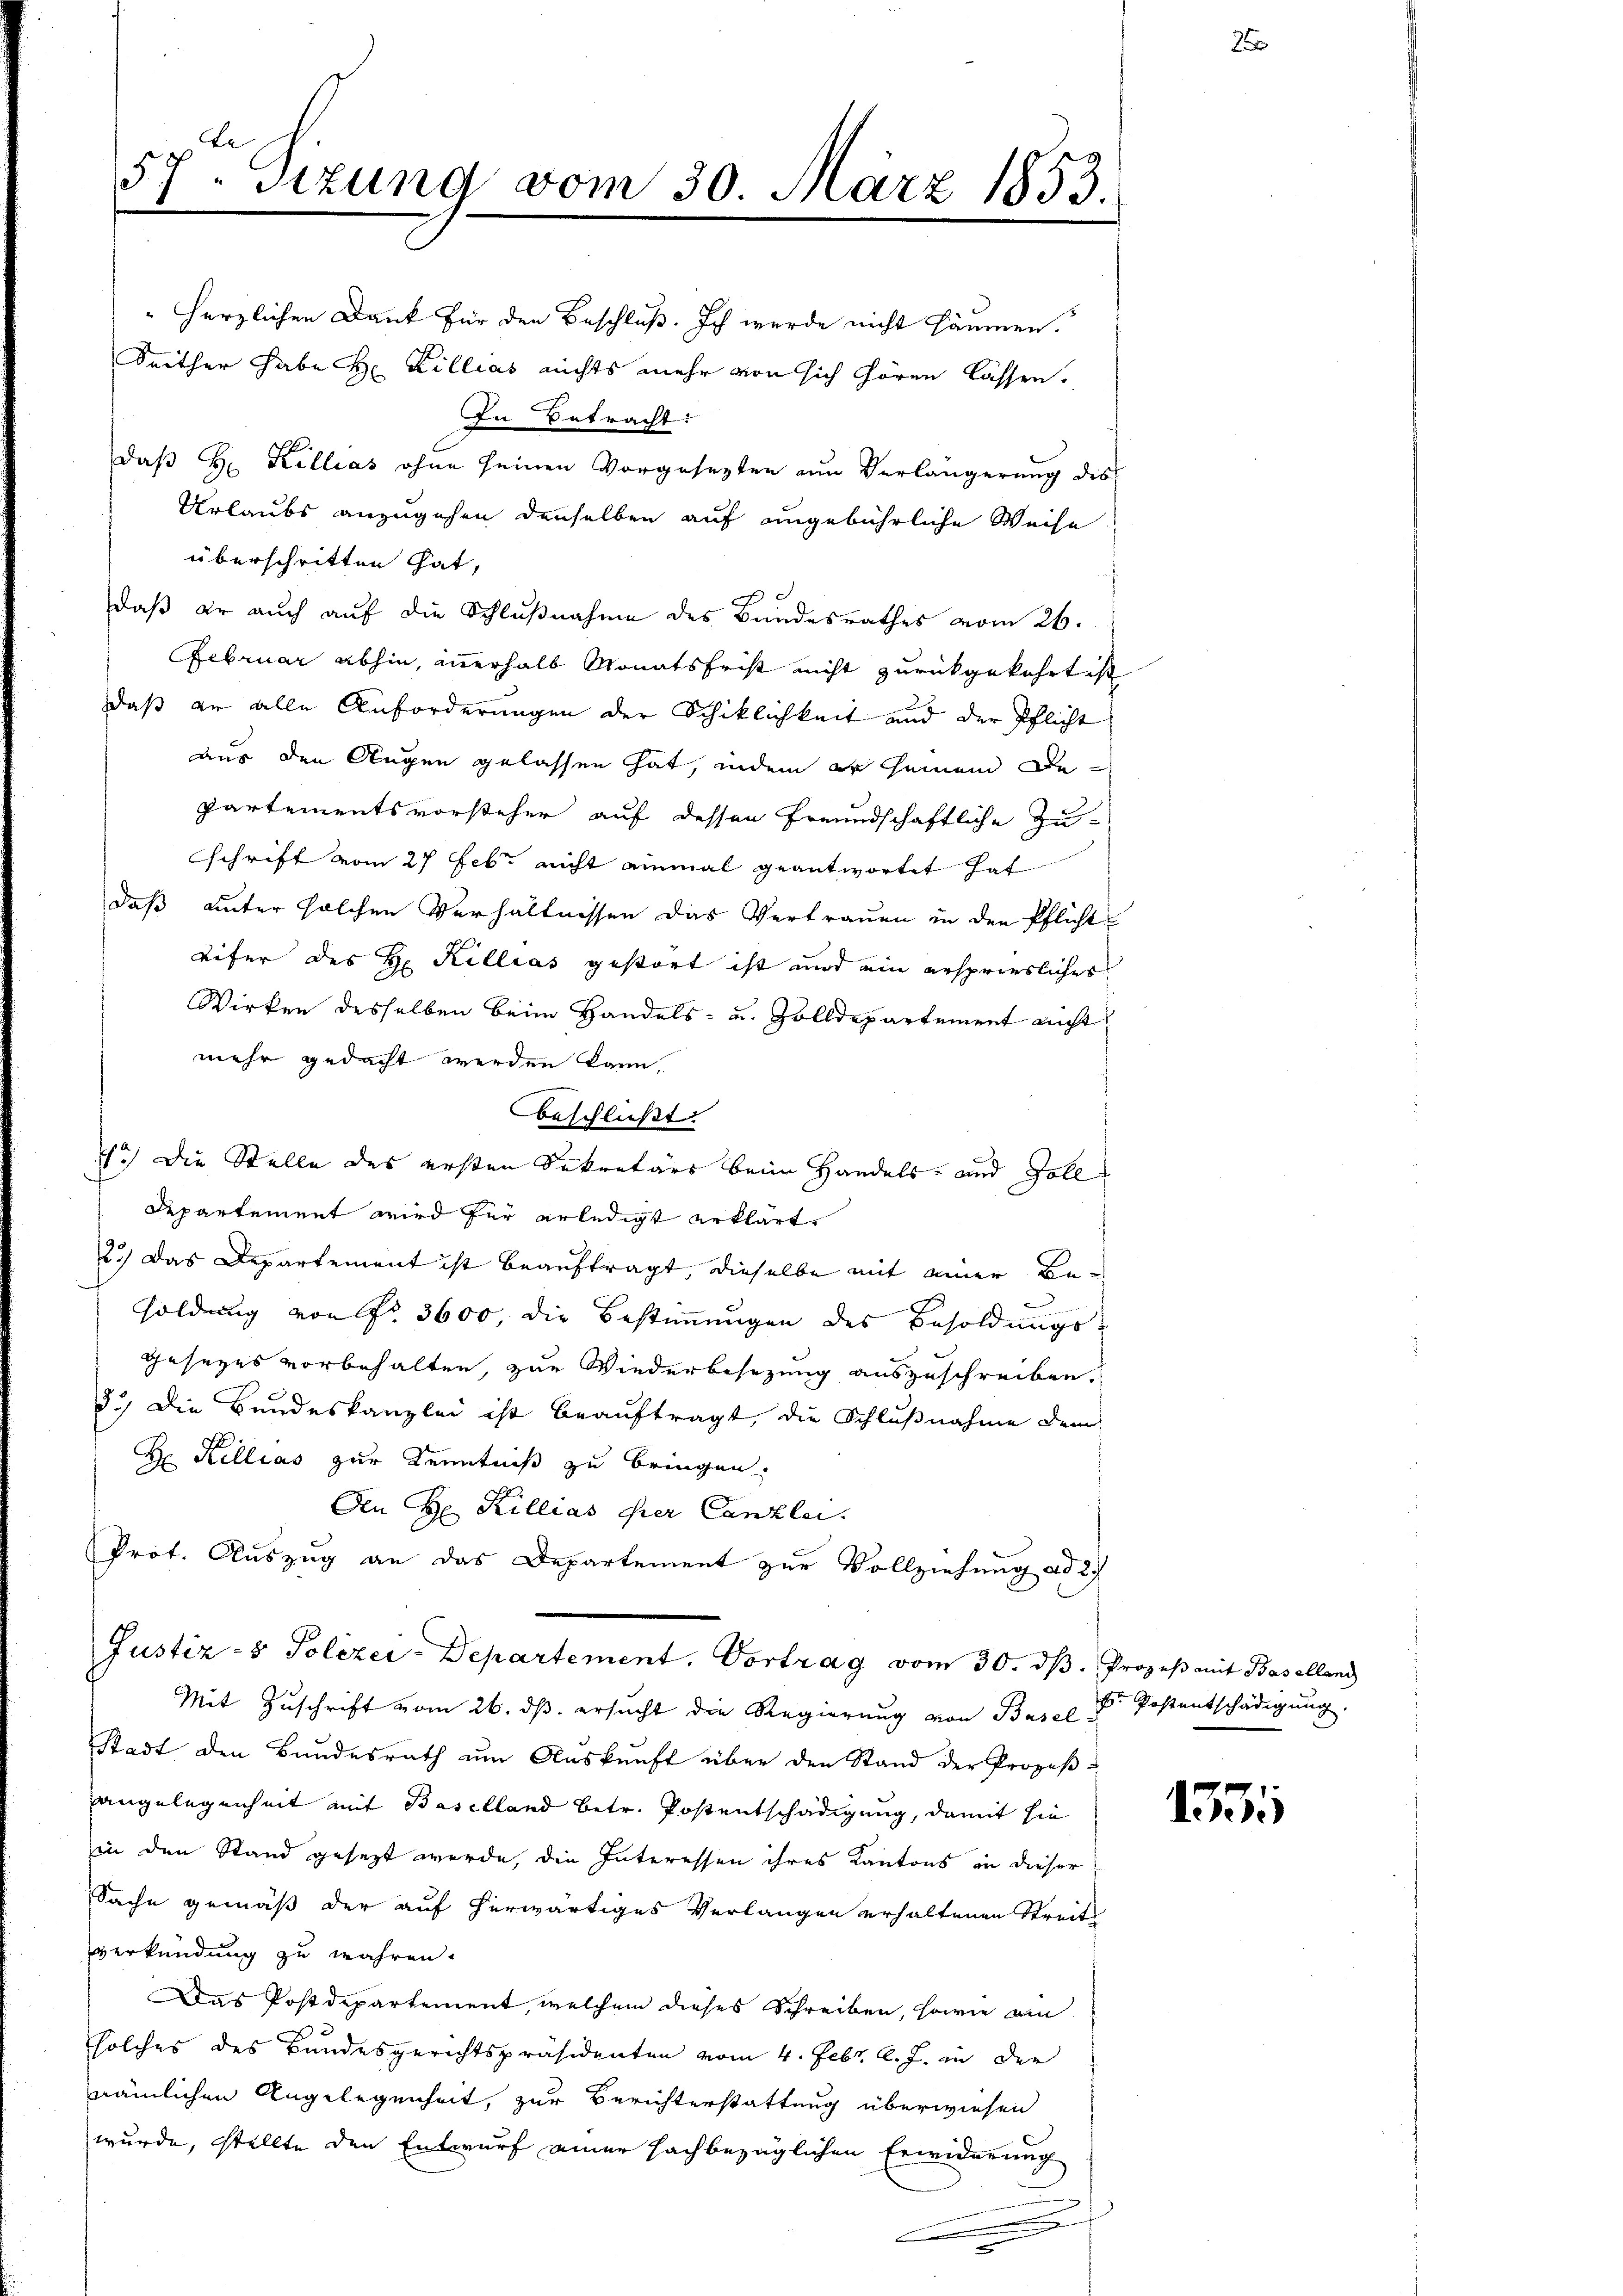
" herzlichen Dank für den Beschluß. Ich wurde nicht säumen.
Seither habe Hr. Killias nichts mehr von sich hören lassen.
In Betracht:
daß Hr. Killias ohne seinen Vorgesezten zum Verlängerung des
Urlaubs anzugehen denselben auf angebührliche Weise
überschritten hat,
daß er auch auf die Schlußnahme des Bundesrathes vom 26.
Februar abhin, innerhalb Monatsfrist nicht zurückgekehrt ist
daß an alle Anforderungen der Schiklichkeit und der Pflicht
aus den Augen gelassen hat, indem er seinem Departementsvorsteher auf dessen freundschaftliche Zu-
schrift vom 27 Febr nicht einmal geantwortet hat
daß unter solchen Verhältnissen das Vertrauen in den Pflicht¬
Eifer des H. Killias gestört ist und ein ersprieslicher
Wirken desselben beim Handels- u. Zolldepartement nicht
mehr gedacht werden kann.
beschließt:
7.) Die Stelle des ersten Sekretärs beim Handels- und Zolldepartement wird für erledigt erklärt,
2.) Das Departement ist beauftragt, dieselbe mit einer Besoldung von Fr. 3600, die Bestimmungen des Besoldungs-
gesezes vorbehalten, zur Wiederbesezung auszuschreiben.
5.) Die Bundeskanzlei ist beauftragt, die Schlußnahme dem
H: Kellias zur Kenntniß zu bringen.
An H. Killias ihrer Canzlei.
Prot. Auszug an das Departement zur Vollziehung ad 27
Justiz- & Polizei-Departement. Vortrag vom 30. dβ. Prozeß mit Baselland
Mit Zŭschrift vom 26. ds. ersucht die Regierung von Basel u. Postentschädigung.
Stadt den Bundesrath ŭm Aŭskŭnft über den Stand der Prozeβ-
angelegenheit mit Baselland betr. Postentschädigung, damit sie
in den Stand gesezt werde, die Interessen ihres Kantons in dieser
Sache gemäß der auf herwärtiges Verlangen erhaltenen Streit
verkündung zu währen.
Das Postdepartement, welchem dieses Schreiben, sowie ein
solches des Bundesgerichtspräsidenten vom 4. Febr. l. J. in der
nämlichen Angelegenheit, zur Berichterstattung überwiesen
wurde, stellte den Entwurf einer sachbezüglichen Erwiderung
.
n

57. Sitzung vom 30. März 1853.

2

153